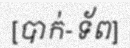
[បាក់-ទ័ព]